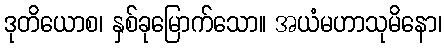
ဒုတိယောစ၊ နှစ်ခုမြောက်သော။ အယံမဟာသုမိနော၊